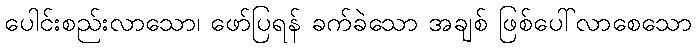
ပေါင်းစည်းလာသော၊ ဖော်ပြရန် ခက်ခဲသော အချစ် ဖြစ်ပေါ်လာစေသော